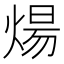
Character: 煬